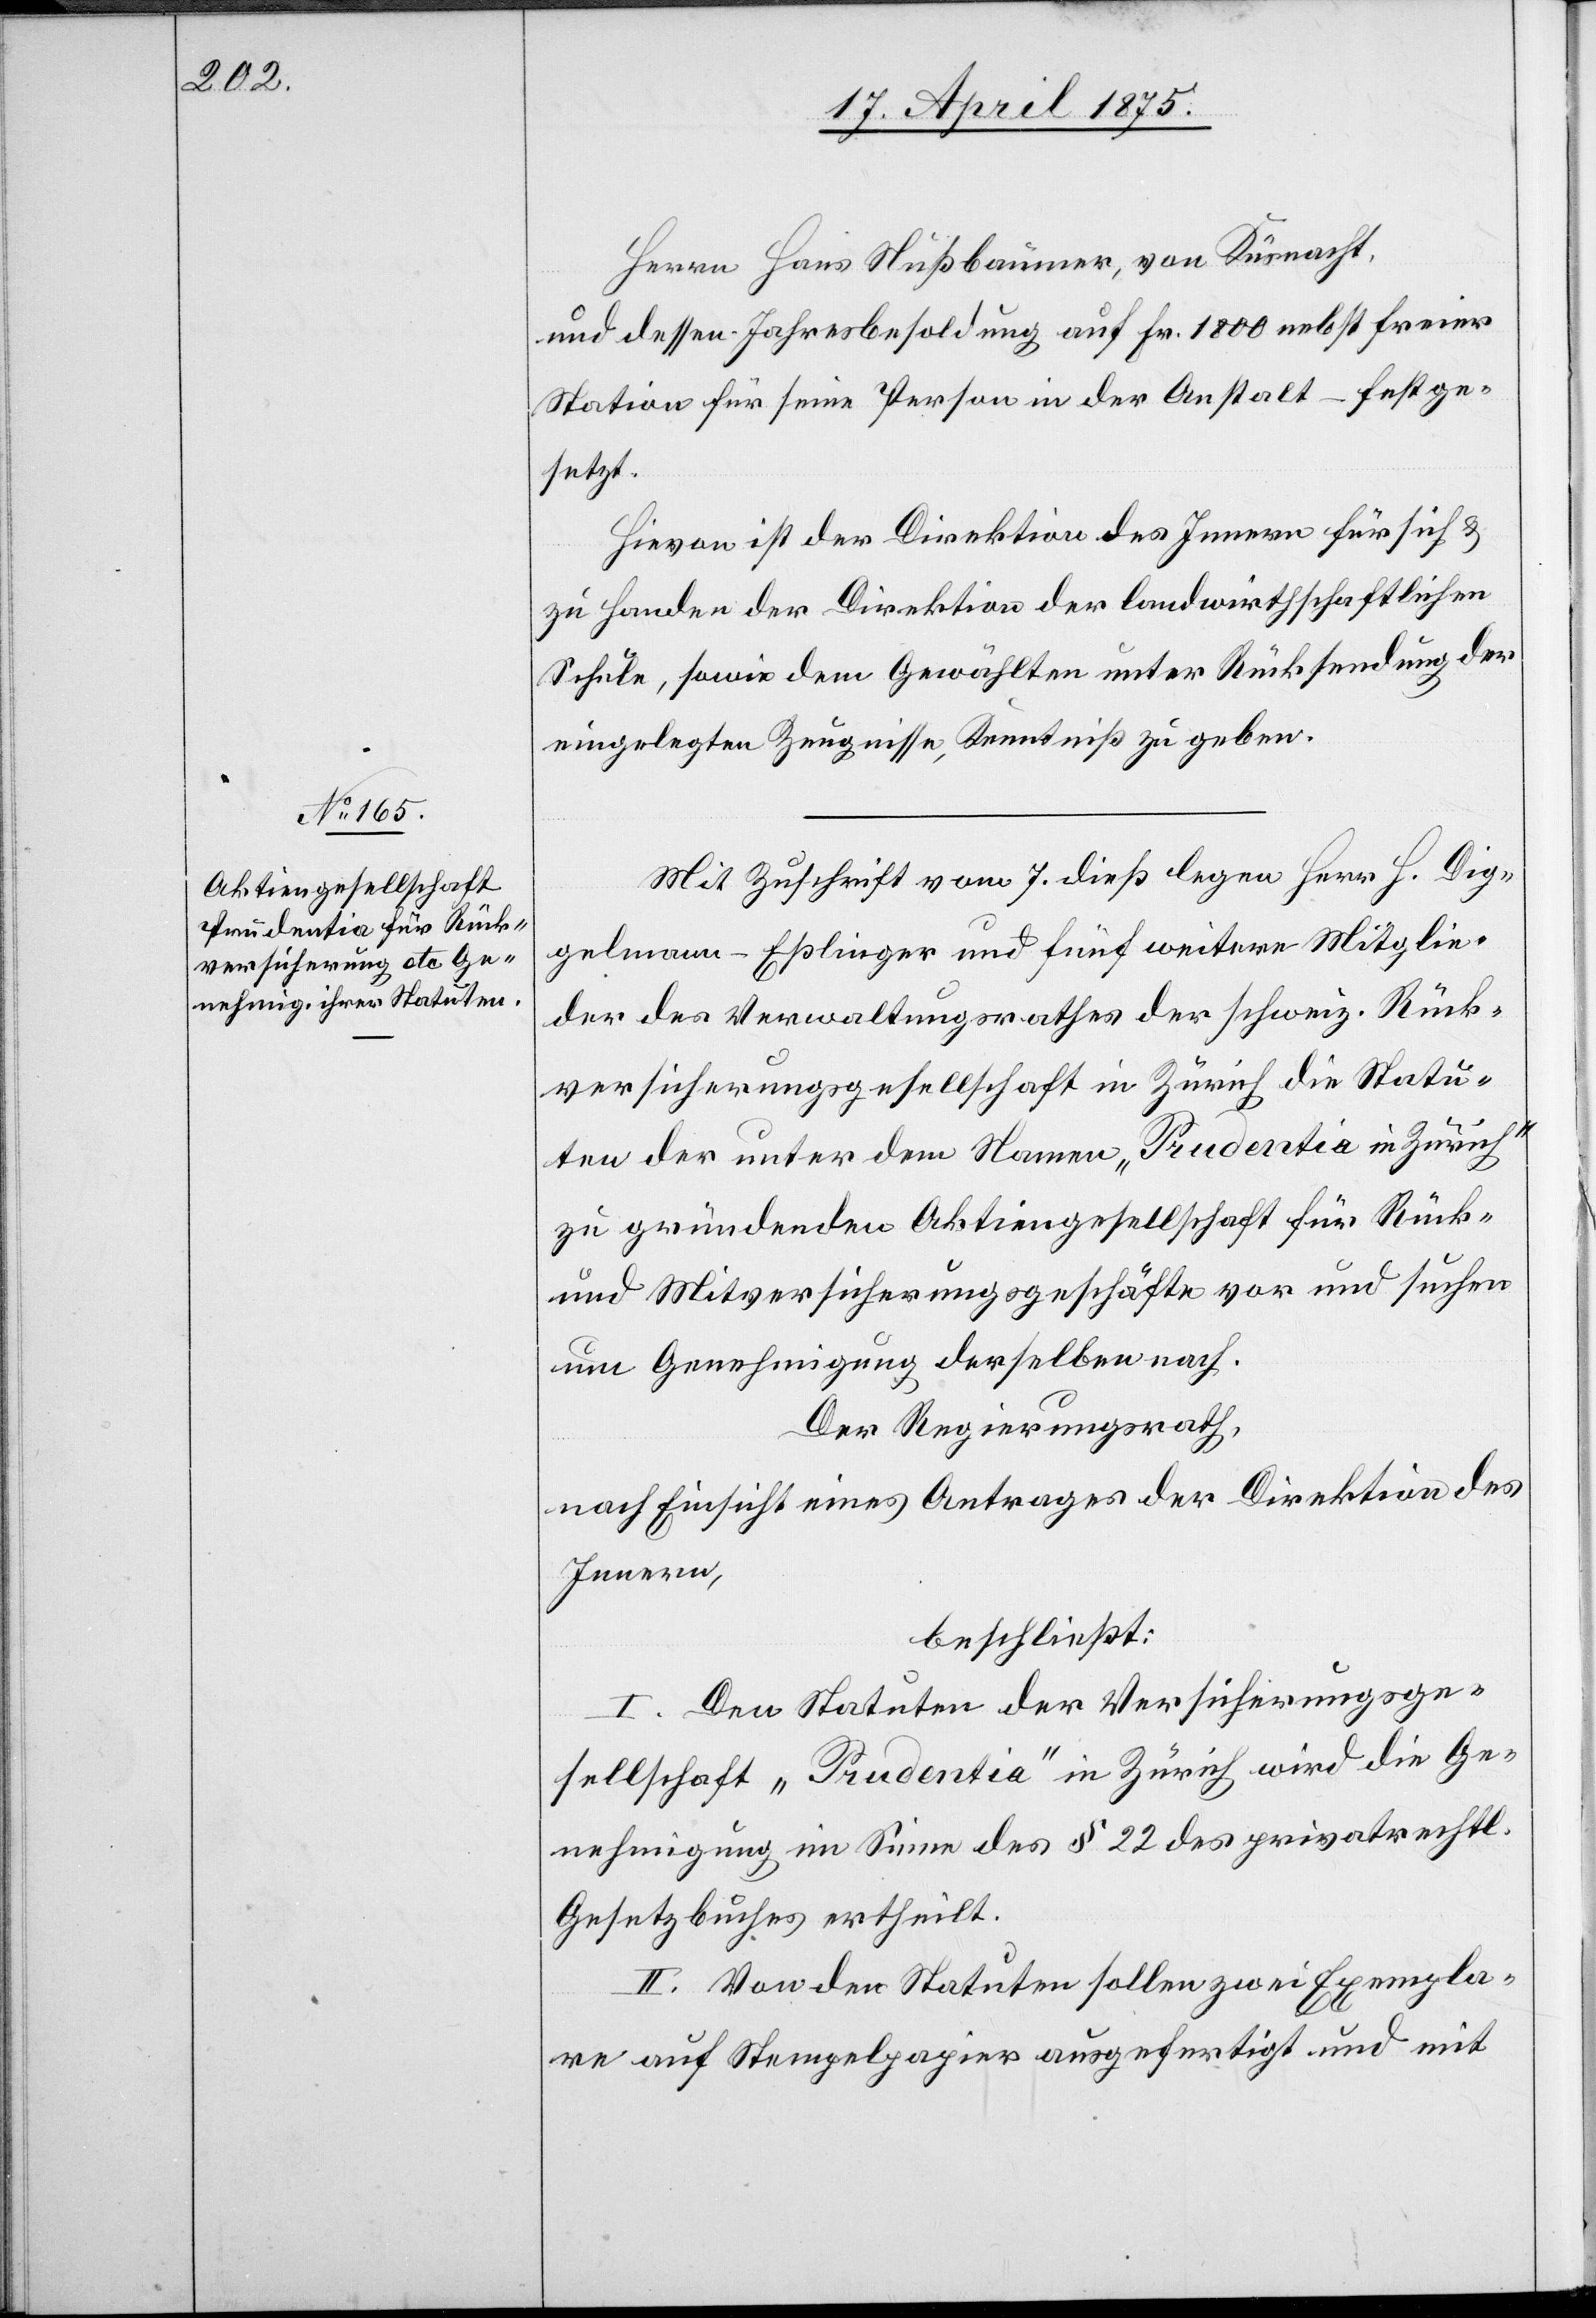
Herrn Hans Nußbaumer, von Küsnacht,
und dessen Jahresbesoldung auf Fr. 1800 nebst freier
Station für seine Person in der Anstalt – festge¬
setzt.
Hievon ist der Direktion des Innern für sich &
zu Handen der Direktion der landwirthschaftlichen
Schule, sowie dem Gewählten unter Rücksendung der
eingelegten Zeugnisse, Kenntniß zu geben.
Mit Zuschrift vom 7. dieß legen Herr H. Dig¬
gelmann-Eßlinger und fünf weitere Mitglie¬
der des Verwaltungsrathes der schweiz. Rück¬
versicherungsgesellschaft in Zürich die Statu¬
ten der unter dem Namen „Prudentia“ in Zürich
zu gründenden Aktiengesellschaft für Rück-
und Mitversicherungsgeschäfte vor und suchen
um Genehmigung derselben nach.
Der Regierungsrath,
nach Einsicht eines Antrages der Direktion des
Innern,
beschließt:
I. Den Statuten der Versicherungsge¬
sellschaft „Prudentia“ in Zürich wird die Ge¬
nehmigung im Sinne des § 22 des privatrechtl.
Gesetzbuches ertheilt.
II. Von den Statuten sollen zwei Exempla¬
re auf Stempelpapier ausgefertigt und mit